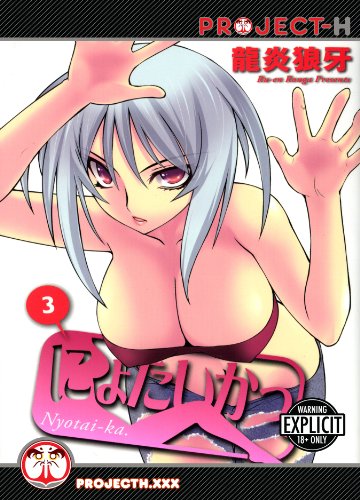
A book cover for Nyotai-ka! Volume 3 (Hentai Manga) (Nyotai Ka Gn); Ru-En Rouga; Comics & Graphic Novels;